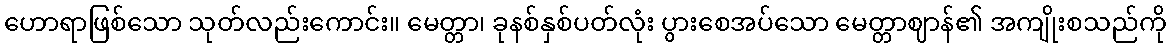
ဟောရာဖြစ်သော သုတ်လည်းကောင်း။ မေတ္တာ၊ ခုနစ်နှစ်ပတ်လုံး ပွားစေအပ်သော မေတ္တာဈာန်၏ အကျိုးစသည်ကို